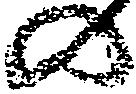
の